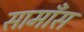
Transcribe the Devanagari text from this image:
सामाँस